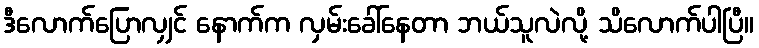
ဒီလောက်ပြောလျှင် နောက်က လှမ်းခေါ်နေတာ ဘယ်သူလဲလို့ သိလောက်ပါပြီ။